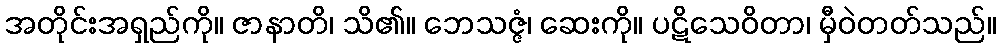
အတိုင်းအရှည်ကို။ ဇာနာတိ၊ သိ၏။ ဘေသဇ္ဇံ၊ ဆေးကို။ ပဋိသေဝိတာ၊ မှီဝဲတတ်သည်။